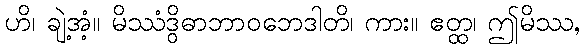
ဟိ၊ ချဲ့အံ့။ မိဿံဒွိဓာဘာဝဘေဒါတိ၊ ကား။ ဧတ္ထ၊ ဤမိဿ,